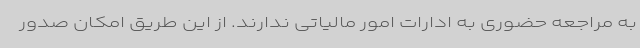
به مراجعه حضوری به ادارات امور مالیاتی ندارند. از این طریق امکان صدور